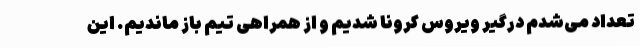
تعداد می‌شدم درگیر ویروس کرونا شدیم و از همراهی تیم باز ماندیم. این